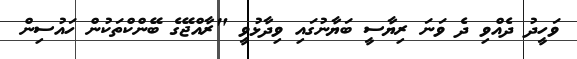
ވަހީދު ދެއްވި ދެ ވަނަ ރިޔާސީ ބަޔާނުގައި ވިދާޅުވީ "ރާއްޖޭގެ ބޭންކްތަކުން ހައުސިން